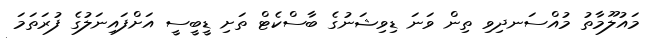
މައުލޫމާތު މުއްސަނދިވި ތިން ވަނަ ޑިވިޝަނުގެ ބާސްކެޓް ތަށި ޑީބީސީ އަށްފައިނަލުގެ ފުރަތަމަ